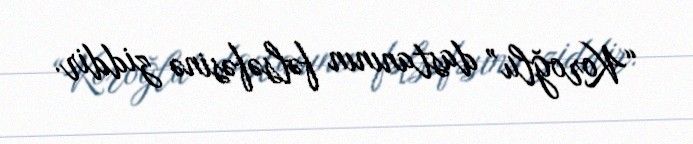
“Koroğlu” dastanının fəlsəfəsinə ziddir.